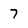
Character: 7